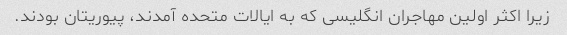
زیرا اکثر اولین مهاجران انگلیسی که به ایالات متحده آمدند، پیوریتان بودند.